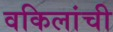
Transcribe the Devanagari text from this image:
वकिलांची